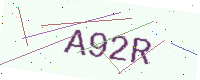
Text: A92R